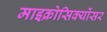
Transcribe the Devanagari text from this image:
माइक्रोसिक्योंसर